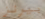
بيرنز